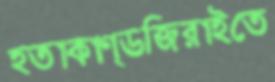
হতাকাণ্ডজিরাইতে